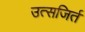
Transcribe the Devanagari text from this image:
उत्सजिर्त